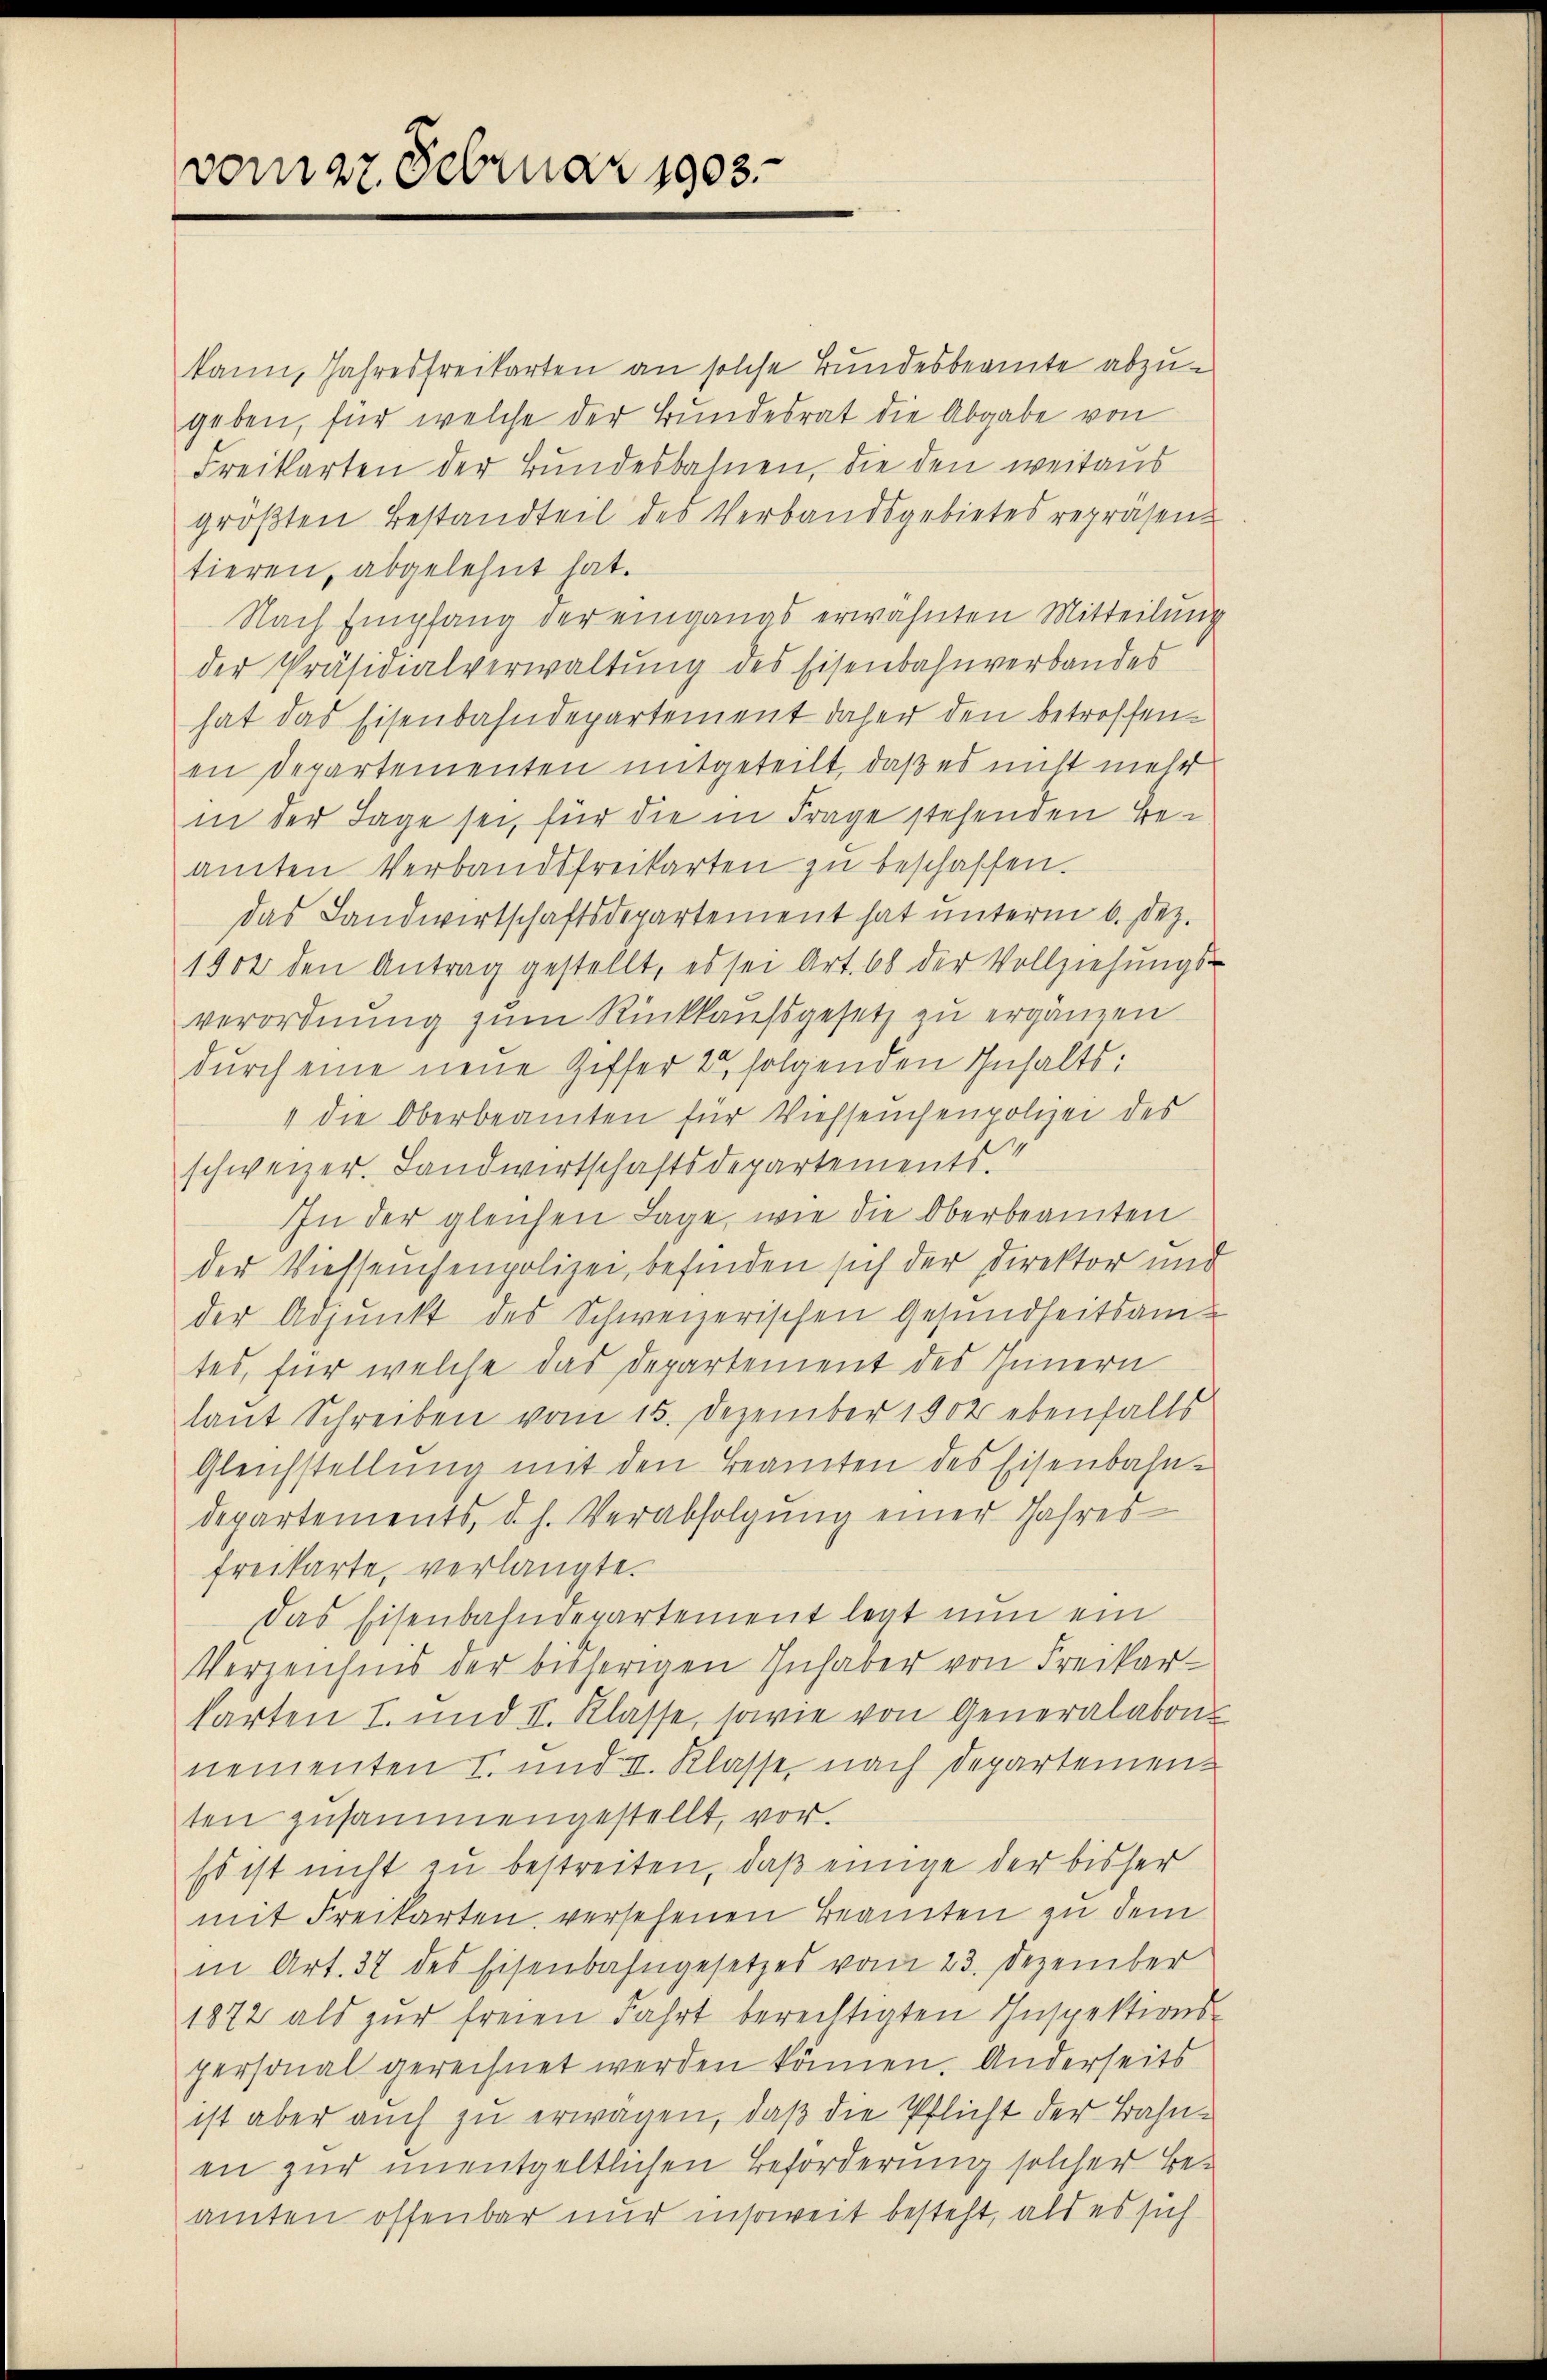
vom 27. Februar 1903.

kann, Jahresfreikarten an solche Bundesbeamte abzugeben, für welche der Bundesrat die Abgabe von
Freikarten der Bundesbahnen, die den weitaus
gröβten Bestandteil des Verbandsgebietes repräsen-
tieren, abgelehnt hat.
Nach Empfang der eingangs erwähnten Mitteilung
der Präsidialverwaltŭng des Eisenbahnverbandes
hat das Eisenbahndepartement daher den betroffenen Departementen mitgeteilt, daß es nicht mehr
in der Tage sei, für die in Frage stehenden Beamten Verbandsfreikarten zu beschaffen.
das Landwirtschaftsdepartement hat unterm 6. Dez.
1902 den Antrag gestellt, es sei Art. 68 der Vollziehungs-
verordnung zum Rückkaufsgesetz zu ergänzen
durch eine neue Ziffer 2 folgenden Inhalts:
" die Oberbeamten für Viehseuchenpolizei des
schweizer. Landwirtschaftsdepartements.
In der gleichen Lage, wie die Oberbeamten
der Viehseuchenpolizei, befinden sich der Direktor und
der Adjunkt des Schweizerischen Gesundheitsamtes, für welche das Departement des Innern
laut Schreiben vom 15. Dezember 1902 ebenfalls
Gleichstellung mit den Beamten des Eisenbahndepartements, d. h. Verabfolgung einer Jahres
freikarte, verlangte.
Das Eisenbahndepartement legt nun ein
Verzeichnis der bisherigen Inhaber von Freikarkarten I. und II. Klasse, sowie von Generalabon
nementen I. und II. Klasse, nach Departementen zusammengestellt, vor.
Es ist nicht zu bestreiten, daß einige der bisher
mit Freikarten, versehenen Beamten zu dem
in Art. 37 des Eisenbahngesetzes vom 23. Dezember
1872 als zŭr freien Fahrt berechtigten Inspektions-
personal gerechnet werden können. Anderseits
ist aber auch zu erwagen, daß die Pflicht der Bahnen zur unentgeltlichen Beförderung solcher Beamten offenbar nur insoweit besteht, als es sich